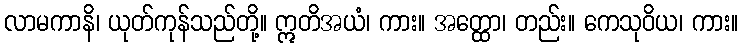
လာမကာနိ၊ ယုတ်ကုန်သည်တို့။ ဣတိအယံ၊ ကား။ အတ္ထော၊ တည်း။ ကေသုဝိယ၊ ကား။